Investigations into the jail dietaries of the United Provinces with some observations on the influence of dietary on the physical development and well-being of the people of the United Provinces - Number 48
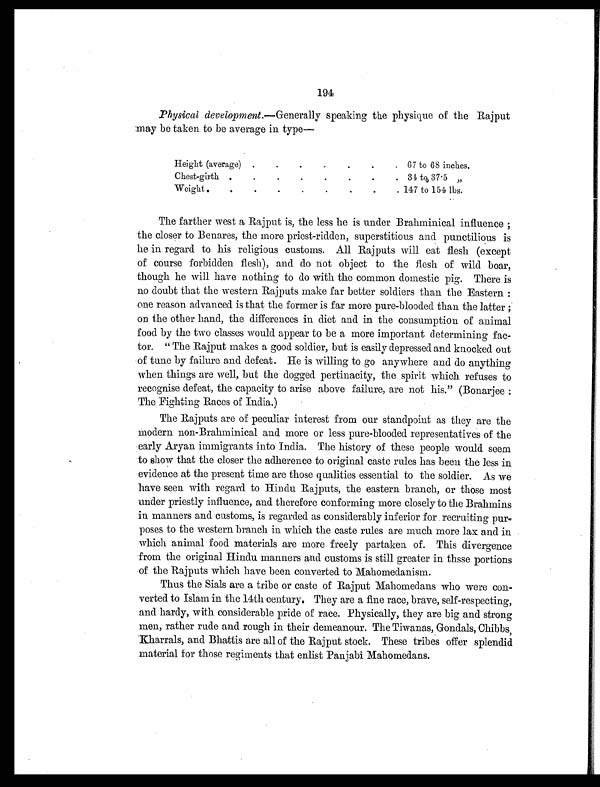
194
Physical development. —Generally speaking the physique of the Rajput
may be taken to be average in type—
Height (average) .
.
.
.
.
.
. 67 to 68 inches.
Chest-girth .
.
.
.
.
.
. 31 to 37.5 „
Weight .
.
.
.
.
.
.
.
. 147 to 154 lbs.
The farther west a Rajput is, the less he is under Brahminical influence ;
the closer to Benares, the more priest-ridden, superstitious and punctilious is
he in regard to his religious customs. All Rajputs will eat flesh (except
of course forbidden flesh), and do not object to the flesh of wild boar,
though he will have nothing to do with the common domestic pig. There is
no doubt that the western Rajputs make far better soldiers than the Eastern :
one reason advanced is that the former is far more pure-blooded than the latter ;
on the other hand, the differences in diet and in the consumption of animal
food by the two classes would appear to be a more important determining fac-
tor. " The Rajput makes a good soldier, but is easily depressed and knocked out
of tune by failure and defeat. He is willing to go anywhere and do anything
when things are well, but the dogged pertinacity, the spirit which refuses to
recognise defeat, the capacity to arise above failure, are not his." (Bonarjee:
The Fighting Races of India.)
The Rajputs are of peculiar interest from our standpoint as they are the
modern non-Brahminical and more or less pure-blooded representatives of the
early Aryan immigrants into India. The history of these people would seem
to show that the closer the adherence to original caste rules has been the less in
evidence at the present time are those qualities essential to the soldier. As we
have seen with regard to Hindu Rajputs, the eastern branch, or those most
under priestly influence, and therefore conforming more closely to the Brahmins
in manners and customs, is regarded as considerably inferior for recruiting pur-
poses to the western branch in which the caste rules are much more lax and in
which animal food. materials are more freely partaken of. This divergence
from the original Hindu manners and customs is still greater in thsse portions
of the Rajputs which have been converted to Mahomedanism.
Thus the Sials are a tribe or caste of Rajput Mahomedans who were con-
verted to Islam in the 14th century, They are a fine race, brave, self-respecting,
and hardy, with considerable pride of race. Physically, they are big and strong
men, rather rude and rough in their demeanour. The Tiwanas, Gondals, Chibbs,
Kharrals, and Bhattis are all of the Rajput stock. These tribes offer splendid
material for those regiments that enlist Panjabi Mahomedans.